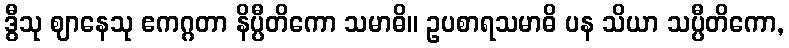
ဒွီသု ဈာနေသု ဧကဂ္ဂတာ နိပ္ပီတိကော သမာဓိ။ ဥပစာရသမာဓိ ပန သိယာ သပ္ပီတိကော,